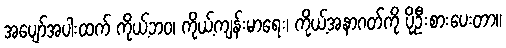
အပျော်အပါးထက် ကိုယ့်ဘဝ၊ ကိုယ့်ကျန်းမာရေး၊ ကိုယ့်အနာဂတ်ကို ပိုဦးစားပေးတာ။